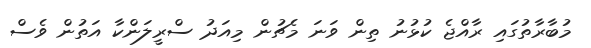
މުބާރާތުގައި ރާއްޖެ ކުޅުނު ތިން ވަނަ މެޗުން މިއަދު ސްރީލަންކާ އަތުން ވެސް